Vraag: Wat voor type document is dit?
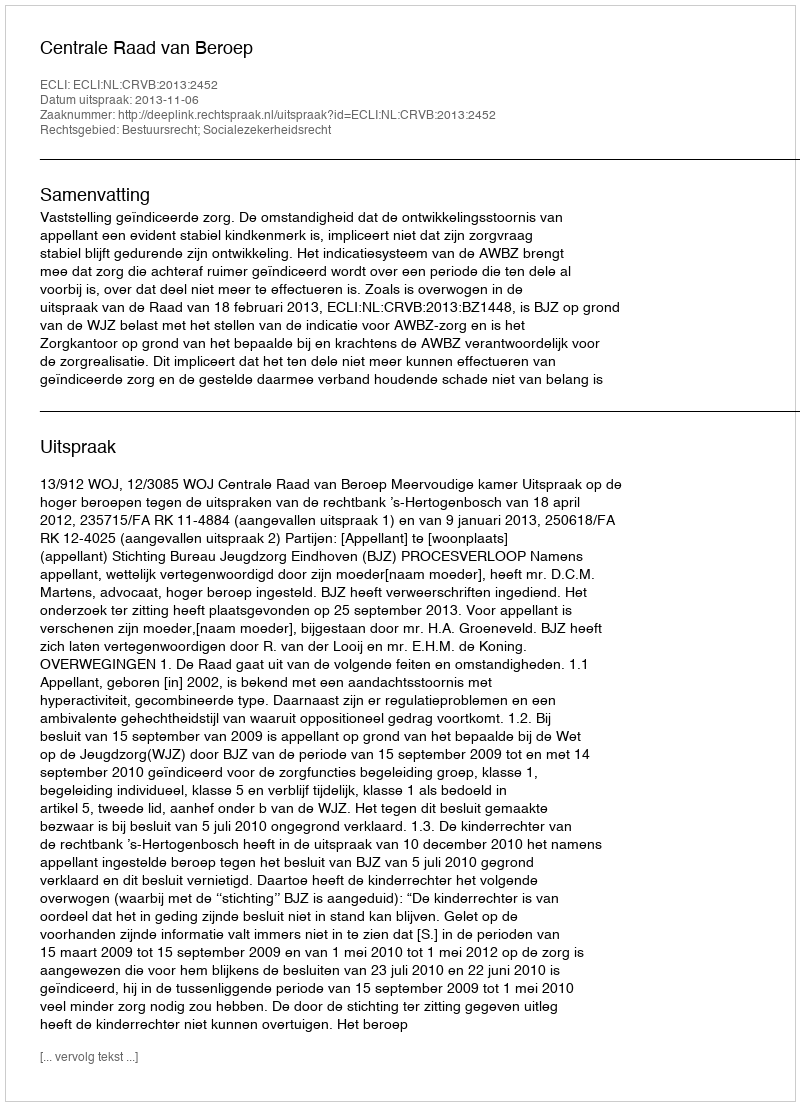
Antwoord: Uitspraak